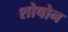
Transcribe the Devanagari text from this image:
शोषोन